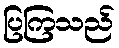
ပြကြသည်